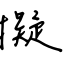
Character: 擬